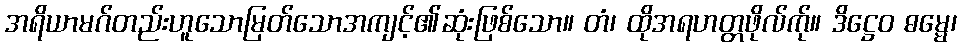
အရိယာမဂ်တည်းဟူသောမြတ်သောအကျင့်၏ဆုံးဖြစ်သော။ တံ၊ ထိုအရဟတ္တဖိုလ်က်ု။ ဒိဋ္ဌေဝ ဓမ္မေ၊